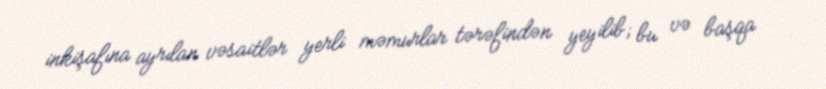
inkişafına ayrılan vəsaitlər yerli məmurlar tərəfindən yeyilib; bu və başqa